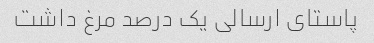
پاستای ارسالی یک درصد مرغ داشت